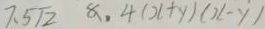
7 . 5 \sqrt { 2 } 8 . 4 ( x + y ) ( x - y )